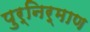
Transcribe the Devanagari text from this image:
पुर्निर्माण